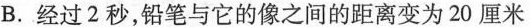
B.经过2秒，铅笔与它的像之间的距离变为20厘米